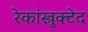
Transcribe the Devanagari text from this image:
रेकांस्त्रुक्टेद